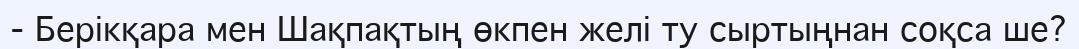
- Берікқара мен Шақпақтың өкпен желі ту сыртыңнан соқса ше?